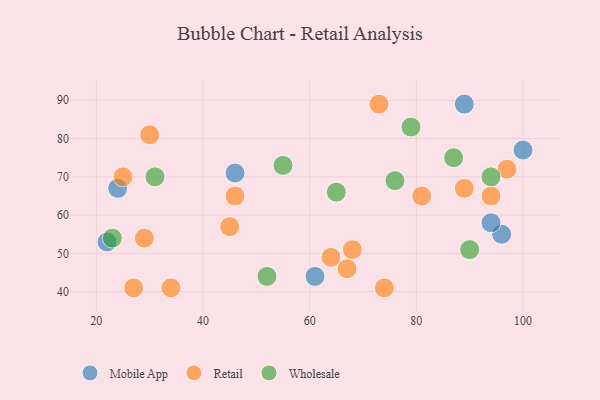
{"axis": {"x": "GDP", "y": "Life Expectancy"}, "legend": ["Mobile App", "Retail", "Wholesale"], "data": [{"x": "46", "y": 71, "type": "Mobile App"}, {"x": "61", "y": 44, "type": "Mobile App"}, {"x": "89", "y": 89, "type": "Mobile App"}, {"x": "96", "y": 55, "type": "Mobile App"}, {"x": "94", "y": 58, "type": "Mobile App"}, {"x": "24", "y": 67, "type": "Mobile App"}, {"x": "100", "y": 77, "type": "Mobile App"}, {"x": "22", "y": 53, "type": "Mobile App"}, {"x": "30", "y": 81, "type": "Retail"}, {"x": "81", "y": 65, "type": "Retail"}, {"x": "94", "y": 65, "type": "Retail"}, {"x": "45", "y": 57, "type": "Retail"}, {"x": "25", "y": 70, "type": "Retail"}, {"x": "34", "y": 41, "type": "Retail"}, {"x": "46", "y": 65, "type": "Retail"}, {"x": "64", "y": 49, "type": "Retail"}, {"x": "97", "y": 72, "type": "Retail"}, {"x": "67", "y": 46, "type": "Retail"}, {"x": "89", "y": 67, "type": "Retail"}, {"x": "27", "y": 41, "type": "Retail"}, {"x": "74", "y": 41, "type": "Retail"}, {"x": "73", "y": 89, "type": "Retail"}, {"x": "29", "y": 54, "type": "Retail"}, {"x": "68", "y": 51, "type": "Retail"}, {"x": "65", "y": 66, "type": "Wholesale"}, {"x": "31", "y": 70, "type": "Wholesale"}, {"x": "79", "y": 83, "type": "Wholesale"}, {"x": "87", "y": 75, "type": "Wholesale"}, {"x": "90", "y": 51, "type": "Wholesale"}, {"x": "55", "y": 73, "type": "Wholesale"}, {"x": "52", "y": 44, "type": "Wholesale"}, {"x": "94", "y": 70, "type": "Wholesale"}, {"x": "76", "y": 69, "type": "Wholesale"}, {"x": "23", "y": 54, "type": "Wholesale"}]}